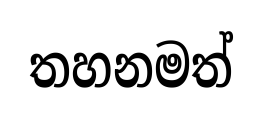
තහනමත්